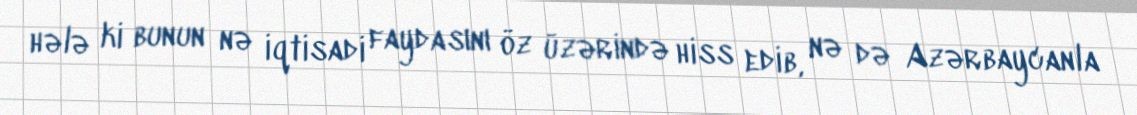
hələ ki bunun nə iqtisadi faydasını öz üzərində hiss edib, nə də Azərbaycanla